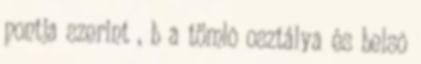
pontja szerint , b a tömlõ osztálya és belsõ